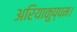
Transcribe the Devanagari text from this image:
अरियाकुप्पम।